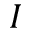
I